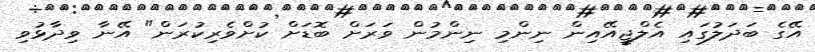
އޭގެ ބަދަލުގައި އެލްޖީއޭއިން ނިންމި ނިންމުން ވަރަށް ބޮޑަށް ކުށްވެރިކުރަން" އޭނާ ވިދާޅުވި